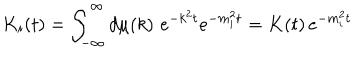
LaTeX: K _ { i } ( t ) = \int _ { - \infty } ^ { \infty } d \mu ( k ) \, \, e ^ { - k ^ { 2 } t } e ^ { - m _ { i } ^ { 2 } t } = K ( t ) \, e ^ { - m _ { i } ^ { 2 } t }